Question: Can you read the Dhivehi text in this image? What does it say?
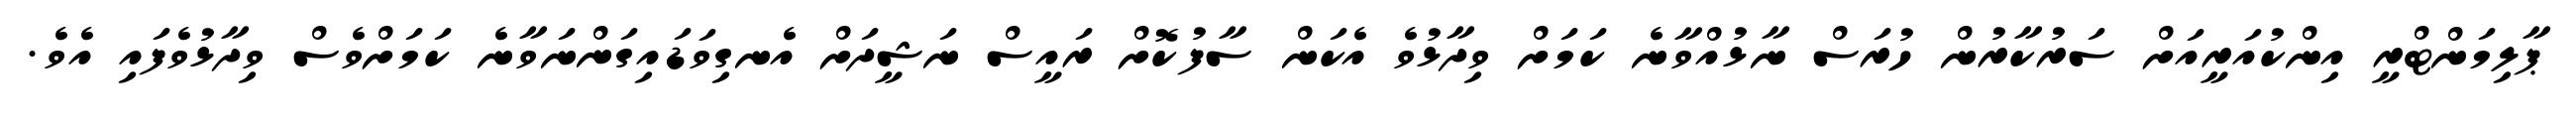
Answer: ޕާލިމަންޓްރީ އިންކުއަރީއަށް ސަރުކާރުން ހުރަސް ނާޅުއްވާނެ ކަމަށް ވިދާޅުވެ އެކަން ސާފުކޮށް ރައީސް ނަޝީދަށް އެނގިވަޑައިގަންނަވާނެ ކަމަށްވެސް ވިދާޅުވެފައި އެވެ.